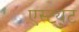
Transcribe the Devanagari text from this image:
एस्ट्युट